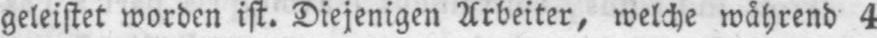
geleistet worden ist. Diejenigen Arbeiter, welche während 4